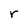
Character: r